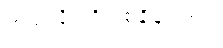
ဟယ်လို၊ အိတ်စ်ချိန်းလား။